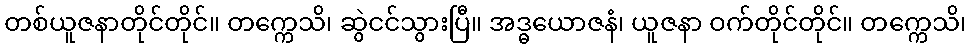
တစ်ယူဇနာတိုင်တိုင်။ တက္ကေသိ၊ ဆွဲငင်သွားပြီ။ အဒ္ဓယောဇနံ၊ ယူဇနာ ဝက်တိုင်တိုင်။ တက္ကေသိ၊